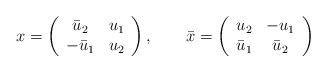
\begin{align*}x=\left(\begin{array}{cc}\bar{u}_{2} & u_{1} \\-\bar{u}_{1} & u_{2}\end{array}\right),~~~~~~\bar{x} = \left(\begin{array}{cc}u_{2} & -u_{1} \\\bar{u}_{1} & \bar{u}_{2}\end{array}\right)\end{align*}